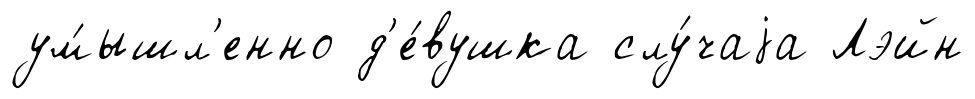
ум́ышл'енно д'е́вушка слу́чаjа Лэйн